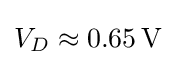
V_{D}\approx 0.65\,{\text{V}}